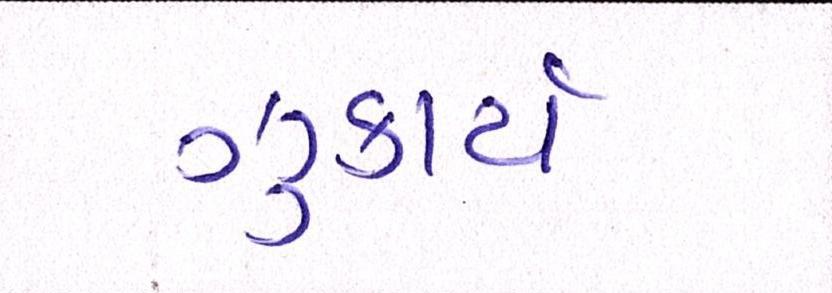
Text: ઝુકાયે